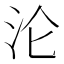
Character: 沦